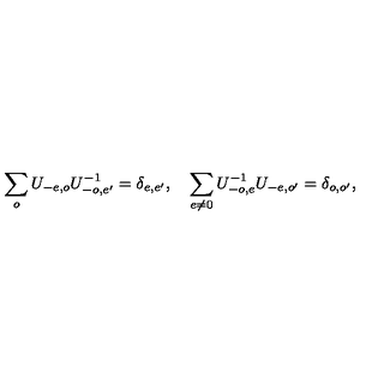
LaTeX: \sum _ { o } U _ { - e , o } U _ { - o , e ^ { \prime } } ^ { - 1 } = \delta _ { e , e ^ { \prime } } , \quad \sum _ { e \neq 0 } U _ { - o , e } ^ { - 1 } U _ { - e , o ^ { \prime } } = \delta _ { o , o ^ { \prime } } ,